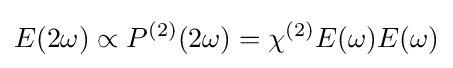
E(2\omega )\propto P^{(2)}(2\omega )=\chi ^{(2)}E(\omega )E(\omega )